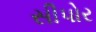
સીપોર